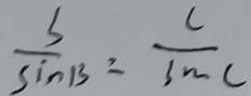
\frac { s } { \sin B } = \frac { c } { \sin C }